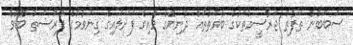
ސަބަބުން ތަފާތު ޖަރާސީމުތަކުގެ ބާވަތްތައް ދުނިޔޭގެ ވައިގެ ފަށަލައިގެ ގިނަވުމުގެ ފުރުސަތު ބޮޑުވެ